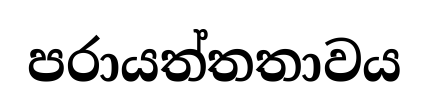
පරායත්තතාවය